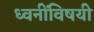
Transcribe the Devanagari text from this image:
ध्वनींविषयी